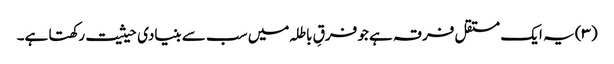
(۳) یہ ایک مستقل فرقہ ہے جو فرقِ باطلہ میں سب سے بنیادی حیثیت رکھتا ہے۔